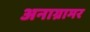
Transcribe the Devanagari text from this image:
अनाग्रामर